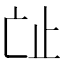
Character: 𣥊